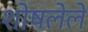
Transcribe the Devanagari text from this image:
शोषलेले